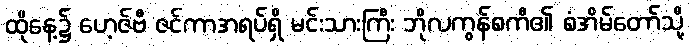
ထိုနေ့၌ ဟေ့ဇ်ဗီ ဇင်ကာအရပ်ရှိ မင်းသားကြီး ဘိုလကွန်စကီ၏ စံအိမ်တော်သို့